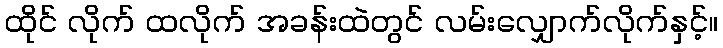
ထိုင် လိုက် ထလိုက် အခန်းထဲတွင် လမ်းလျှောက်လိုက်နှင့်။